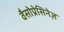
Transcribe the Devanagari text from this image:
वैसोप्रेसिनेज़